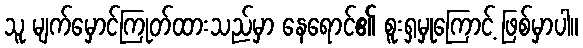
သူ မျက်မှောင်ကြုတ်ထားသည်မှာ နေရောင်၏ စူးရှမှုကြောင့် ဖြစ်မှာပါ။